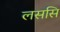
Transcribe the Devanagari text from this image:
लससि